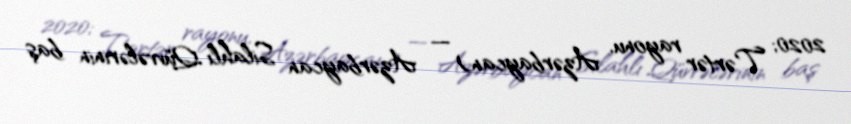
2020; Tərtər rayonu, Azərbaycan) — Azərbaycan Silahlı Qüvvələrinin baş